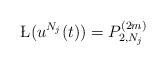
LaTeX: \begin{align*} \L( u^{N_j}(t)) = P^{(2m)}_{2, N_j} \end{align*}